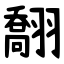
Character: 䎗